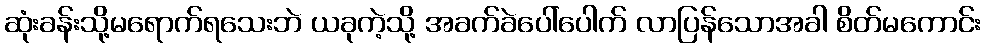
ဆုံးခန်းသို့မရောက်ရသေးဘဲ ယခုကဲ့သို့ အခက်ခဲပေါ်ပေါက် လာပြန်သောအခါ စိတ်မကောင်း